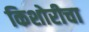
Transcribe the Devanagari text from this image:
किशोरीचा